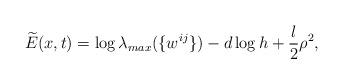
LaTeX: \begin{align*}\widetilde{E}(x,t)=\log \lambda_{max}(\{w^{ij}\})-d\log h+\frac{l}{2}\rho^{2},\end{align*}